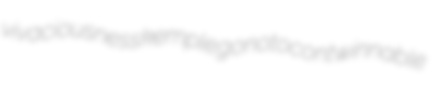
vivaciousness kemple gonotocont winnable